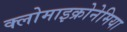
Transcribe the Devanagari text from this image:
क्लोमाइक्रोनेमिया